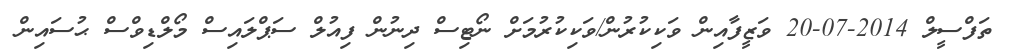
ތަފްސީލް 2014-07-20 ވަޒީފާއިން ވަކިކުރުން/ވަކިކުރުމަށް ނޯޓިސް ދިނުން ފިއުލް ސަޕްލައިސް މޯލްޑިވްސް ޙުސައިން